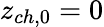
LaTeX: z_{ch,0}=0